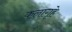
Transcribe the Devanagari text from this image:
कलागृहे